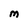
Character: M